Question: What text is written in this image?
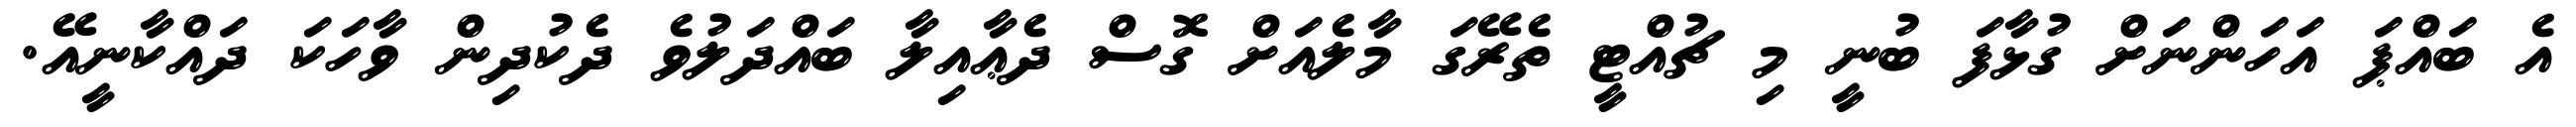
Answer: އެ ބައްޕަ އަހަންނަށް ގުޅާފަ ބުނީ މި ޗުއްޓީ ތެރޭގަ މާލެއަށް ގޮސް ދެޢާއިލާ ބައްދަލުވެ ދެކުދިން ވާހަކަ ދައްކާނީއޭ.